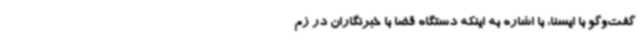
گفت‌وگو با ایسنا، با اشاره به اینکه دستگاه قضا با خبرنگاران در زم